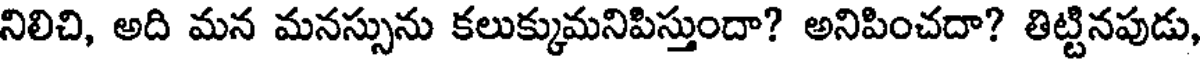
నిలిచి, అది మన మనస్సును కలుక్కుమనిపిస్తుందా? అనిపించదా? తిట్టినపుడు,